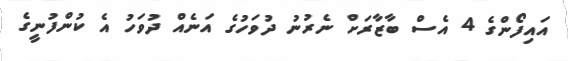
އައިފޯންގެ 4 އެސް ބާޒާރަށް ނެރުނު ދުވަހުގެ އަނެއް ދުވަހު އެ ކުންފުނީގެ